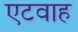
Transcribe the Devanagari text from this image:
एटवाह